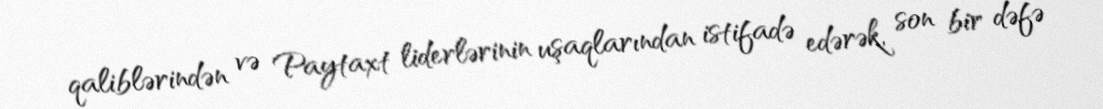
qaliblərindən və Paytaxt liderlərinin uşaqlarından istifadə edərək, son bir dəfə